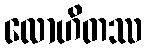
လောဟိတဿ